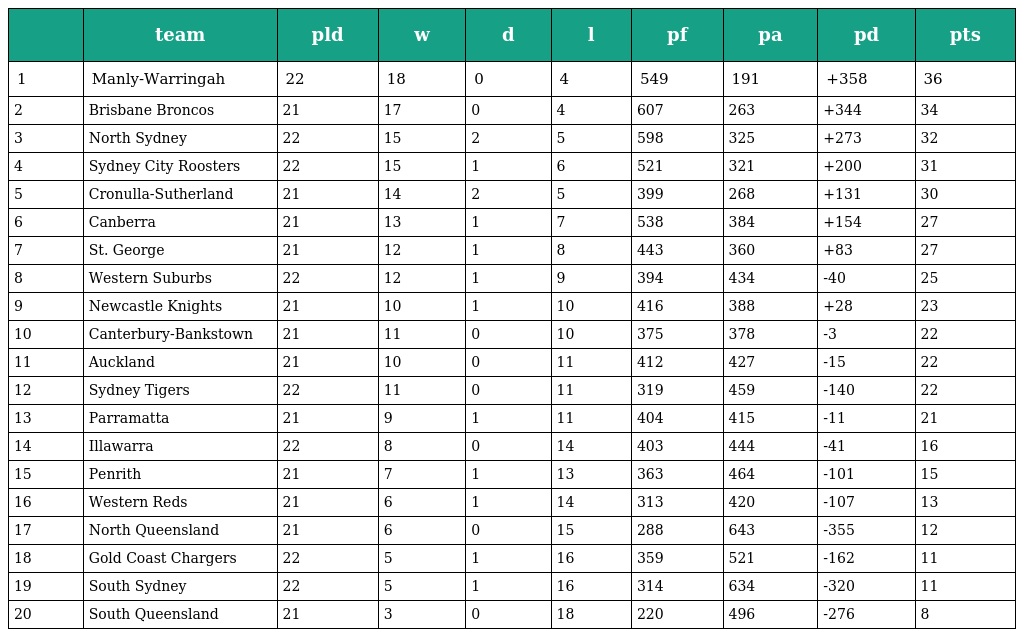
|  | team | pld | w | d | l | pf | pa | pd | pts |
 | --- | --- | --- | --- | --- | --- | --- | --- | --- | --- |
 | 1 | Manly-Warringah | 22 | 18 | 0 | 4 | 549 | 191 | +358 | 36 |
 | 2 | Brisbane Broncos | 21 | 17 | 0 | 4 | 607 | 263 | +344 | 34 |
 | 3 | North Sydney | 22 | 15 | 2 | 5 | 598 | 325 | +273 | 32 |
 | 4 | Sydney City Roosters | 22 | 15 | 1 | 6 | 521 | 321 | +200 | 31 |
 | 5 | Cronulla-Sutherland | 21 | 14 | 2 | 5 | 399 | 268 | +131 | 30 |
 | 6 | Canberra | 21 | 13 | 1 | 7 | 538 | 384 | +154 | 27 |
 | 7 | St. George | 21 | 12 | 1 | 8 | 443 | 360 | +83 | 27 |
 | 8 | Western Suburbs | 22 | 12 | 1 | 9 | 394 | 434 | -40 | 25 |
 | 9 | Newcastle Knights | 21 | 10 | 1 | 10 | 416 | 388 | +28 | 23 |
 | 10 | Canterbury-Bankstown | 21 | 11 | 0 | 10 | 375 | 378 | -3 | 22 |
 | 11 | Auckland | 21 | 10 | 0 | 11 | 412 | 427 | -15 | 22 |
 | 12 | Sydney Tigers | 22 | 11 | 0 | 11 | 319 | 459 | -140 | 22 |
 | 13 | Parramatta | 21 | 9 | 1 | 11 | 404 | 415 | -11 | 21 |
 | 14 | Illawarra | 22 | 8 | 0 | 14 | 403 | 444 | -41 | 16 |
 | 15 | Penrith | 21 | 7 | 1 | 13 | 363 | 464 | -101 | 15 |
 | 16 | Western Reds | 21 | 6 | 1 | 14 | 313 | 420 | -107 | 13 |
 | 17 | North Queensland | 21 | 6 | 0 | 15 | 288 | 643 | -355 | 12 |
 | 18 | Gold Coast Chargers | 22 | 5 | 1 | 16 | 359 | 521 | -162 | 11 |
 | 19 | South Sydney | 22 | 5 | 1 | 16 | 314 | 634 | -320 | 11 |
 | 20 | South Queensland | 21 | 3 | 0 | 18 | 220 | 496 | -276 | 8 |